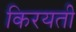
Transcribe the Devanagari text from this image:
किरयती